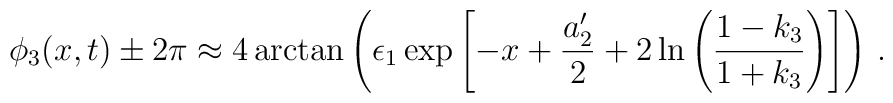
\phi_{3}(x,t) \pm 2\pi \approx 4\arctan\left(\epsilon_{1}\exp\left[ -x+\frac{a'_{2}}{2}+2\ln\left(\frac{1-k_{3}}{1+k_{3}}\right)\right]\right)\,.